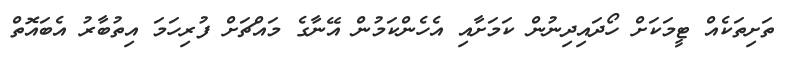
ތަށިތަކެއް ޓީމަކަށް ހޯދައިދިނުން ކަމަށާއި އެހެންކަމުން އޭނާގެ މައްޗަށް ފުރިހަމަ އިތުބާރު އެބައޮތް